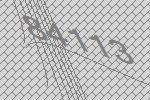
84113